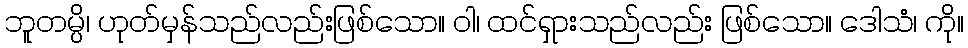
ဘူတမ္ပိ၊ ဟုတ်မှန်သည်လည်းဖြစ်သော။ ဝါ၊ ထင်ရှားသည်လည်း ဖြစ်သော။ ဒေါသံ၊ ကို။